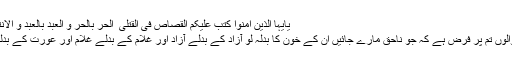
یٰۤاَیُّہَا الَّذِیۡنَ اٰمَنُوۡا کُتِبَ عَلَیۡکُمُ الۡقِصَاصُ فِی الۡقَتۡلٰی ؕ اَلۡحُرُّ بِالۡحُرِّ وَ الۡعَبۡدُ بِالۡعَبۡدِ وَ الۡاُنۡثٰی بِالۡاُنۡثٰی ؕ
اے ایمان والوں تم پر فرض ہے کہ جو ناحق مارے جائیں ان کے خون کا بدلہ لو آزاد کے بدلے آزاد اور غلام کے بدلے غلام اور عورت کے بدلے عورت۔